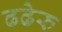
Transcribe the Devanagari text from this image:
ढढेरु